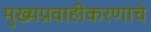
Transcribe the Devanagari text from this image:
मुख्यप्रवाहीकरणाचे